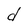
Character: d